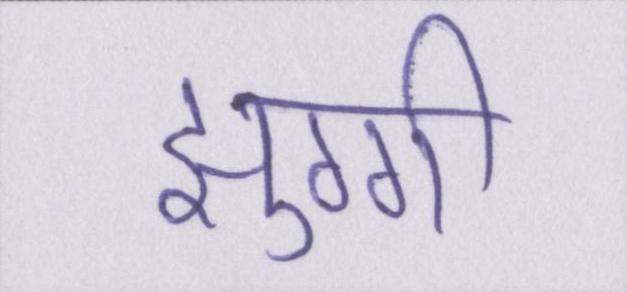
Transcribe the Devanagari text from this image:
झुग्गी